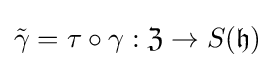
{\tilde {\gamma }}=\tau \circ \gamma :{\mathfrak {Z}}\rightarrow S({\mathfrak {h}})